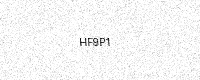
Text: HF9P1